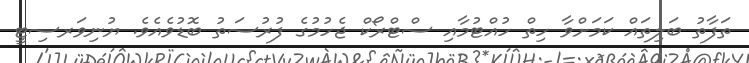
ތަފާތު ބަލިތައް ކަމަށްވާ ހިތް ހުއްޓުމާއި ސްޓްރޯކް ޖެހުމުގެ ފުރުސަތު ބޮޑުވެއެވެ. ޔުނިވަރސިޓީ